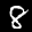
Label: 8